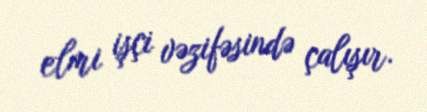
elmi işçi vəzifəsində çalışır.